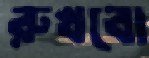
রুখবো